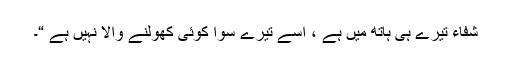
شفاء تیرے ہی ہاتھ میں ہے ، اسے تیرے سوا کوئی کھولنے والا نہیں ہے “۔